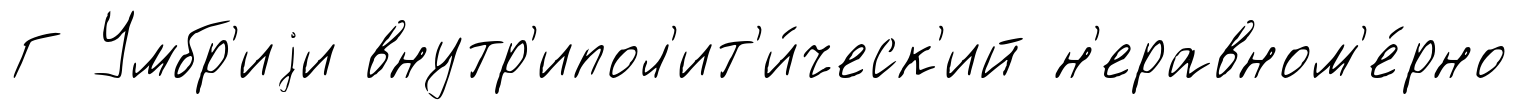
Г Умбр'иjи внутр'ипол'ит'и́ческ'ий н'еравном'е́рно